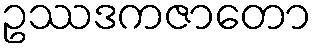
ဥဿဒကဇာတော